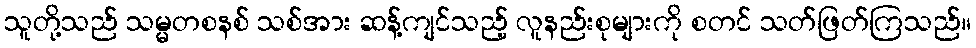
သူတို့သည် သမ္မတစနစ် သစ်အား ဆန့်ကျင်သည့် လူနည်းစုများကို စတင် သတ်ဖြတ်ကြသည်။